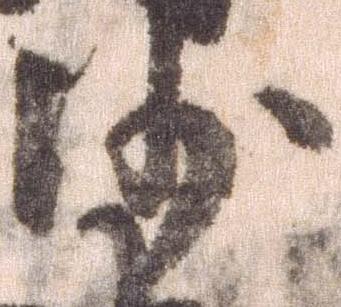
沙